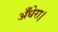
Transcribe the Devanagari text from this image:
अँधेरा।